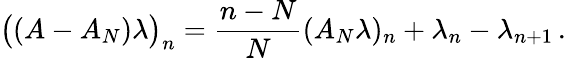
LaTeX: \bigl((A-A_{N})\lambda\bigr)_{n}=\frac{n-N}{N}(A_{N}\lambda)_{n}+\lambda_{n}-\lambda_{n+1}\, .